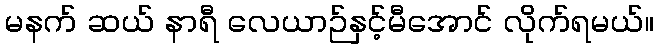
မနက် ဆယ် နာရီ လေယာဉ်နှင့်မီအောင် လိုက်ရမယ်။